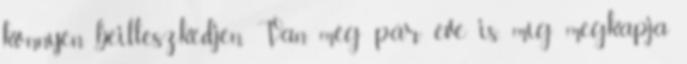
könnyen beilleszkedjen. Van még pár éve is, míg megkapja